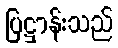
ပြဋ္ဌာန်းသည်